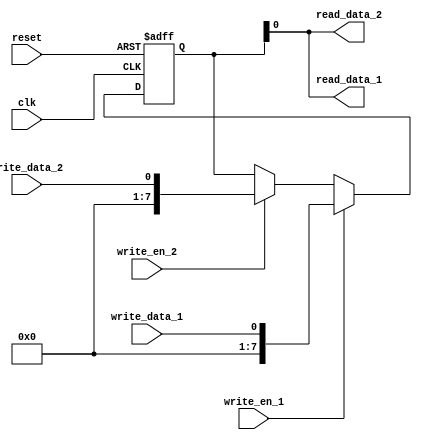
module dual_port_register(
    input wire clk,
    input wire reset,
    input wire write_en_1,
    input wire write_data_1,
    output reg read_data_1,
    input wire write_en_2,
    input wire write_data_2,
    output reg read_data_2
);

reg [7:0] reg_data;

always @(posedge clk or posedge reset) begin
    if (reset) begin
        reg_data <= 8'b0;
    end else begin
        if (write_en_1) begin
            reg_data <= write_data_1;
        end else if (write_en_2) begin
            reg_data <= write_data_2;
        end
    end
end

assign read_data_1 = reg_data;
assign read_data_2 = reg_data;

endmodule